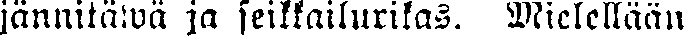
jännitäwä ja seikkailurikas. Mielellään